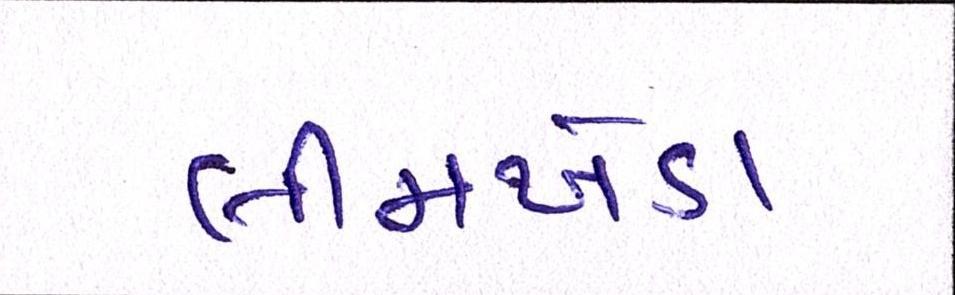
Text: લીમખેડા